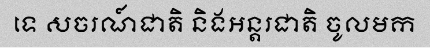
ទេ សចរណ៍ជាតិ និងអន្តរជាតិ ចូលមក